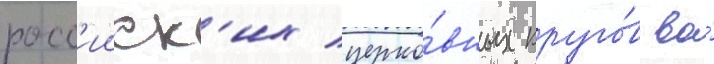
росс'ииск'их церко́вных круго́в во́